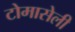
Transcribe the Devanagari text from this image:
टोमासेली